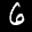
Label: 6